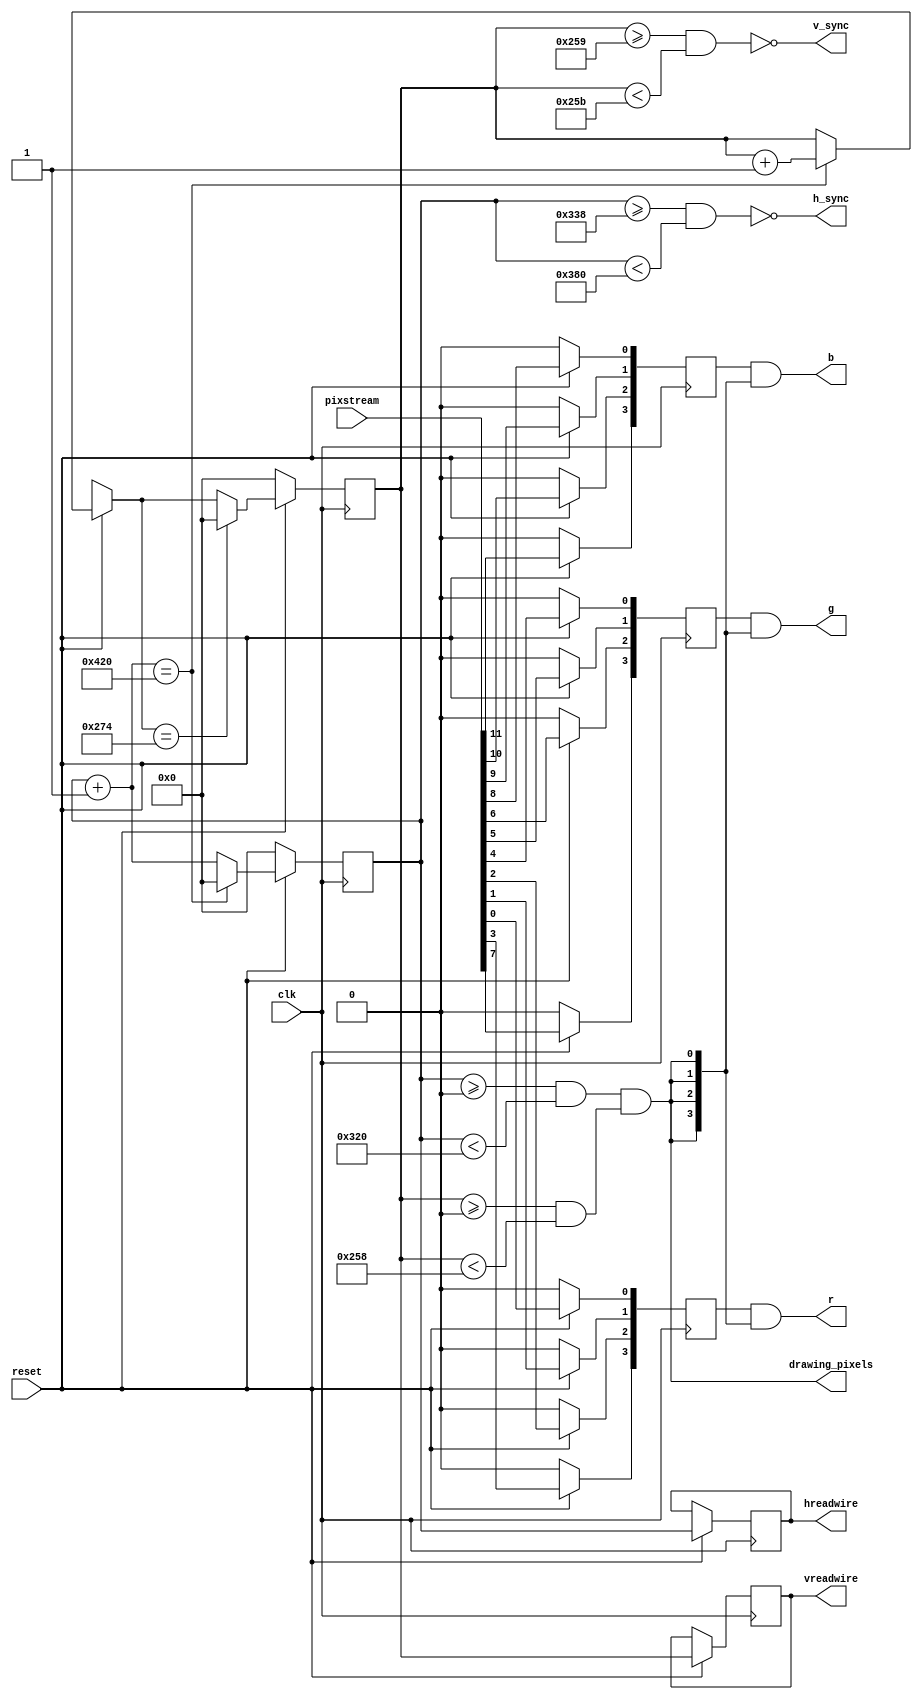
module VGAcore 
    # (
        parameter NATIVE_HRES = 800,
        parameter FRONT_PORCH_H = 24,
        parameter SYNC_PULSE_H = 72,
        parameter BACK_PORCH_H = 128,

        parameter NATIVE_VRES = 600,
        parameter FRONT_PORCH_V = 1,
        parameter SYNC_PULSE_V = 2,
        parameter BACK_PORCH_V = 22,
        parameter RES_PRESCALER = 1
    ) (
        input wire clk,
        input wire reset,
        output wire drawing_pixels,
        output wire h_sync,
        output wire v_sync,
        output reg[10:0] hreadwire,
        output reg[10:0] vreadwire,
        input [11:0] pixstream,
        output reg[3:0] r,
        output reg[3:0] g,
        output reg[3:0] b
);

    /* expected frequency is 40Hz. Need to find such a prescaler that
       1. divides 800, 840, 968, 1056
       2. expects a clock that can be generated from 12MHz 

       common divisors of 800, 840, 968 and 1056 are 1, 2, 4, 8
       this means that frequencies are constrained to 40, 20, 10, 5 MHz

       with prescaler = 
    */

    reg [10:0] hscan_pos;
    reg [10:0] vscan_pos;
    reg [3:0] proposed_r;
    reg [3:0] proposed_b;
    reg [3:0] proposed_g;

    wire h_drawing_pixels, v_drawing_pixels;
    assign drawing_pixels = h_drawing_pixels & v_drawing_pixels;

    assign h_drawing_pixels = (hscan_pos >= 0 && hscan_pos < (NATIVE_HRES / RES_PRESCALER));
    
    assign h_sync = !((hscan_pos >= ((NATIVE_HRES + FRONT_PORCH_H) / RES_PRESCALER)) && (hscan_pos < ((NATIVE_HRES + FRONT_PORCH_H + SYNC_PULSE_H) / RES_PRESCALER)));
    
    assign v_drawing_pixels = (vscan_pos >= 0 && vscan_pos < NATIVE_VRES);
    assign v_sync = !((vscan_pos >= (NATIVE_VRES + FRONT_PORCH_V)) && (vscan_pos < (NATIVE_VRES + FRONT_PORCH_V + SYNC_PULSE_V)));

    assign r = proposed_r & {(4){drawing_pixels}};
    assign b = proposed_b & {(4){drawing_pixels}};
    assign g = proposed_g & {(4){drawing_pixels}};

    always @(posedge clk) begin
        if (!reset) begin
            hscan_pos = 0;
            vscan_pos = 0;
            proposed_r = {4'b0};
            proposed_g = {4'b0};
            proposed_b = {4'b0};
        end else begin

            hreadwire <= hscan_pos;
            vreadwire <= vscan_pos;

            /* advance horizontal scanline */
            hscan_pos = hscan_pos + 1'b1;
            proposed_r[0] <= pixstream[0];
            proposed_r[1] <= pixstream[1];
            proposed_r[2] <= pixstream[2];
            proposed_r[3] <= pixstream[3];

            proposed_g[0] <= pixstream[4];
            proposed_g[1] <= pixstream[5];
            proposed_g[2] <= pixstream[6];
            proposed_g[3] <= pixstream[7];

            proposed_b[0] <= pixstream[8];
            proposed_b[1] <= pixstream[9];
            proposed_b[2] <= pixstream[10];
            proposed_b[3] <= pixstream[11];

            if (hscan_pos == (1056 / RES_PRESCALER)) begin
                hscan_pos = 0;
                vscan_pos = vscan_pos + 1'b1;
            end

            if (vscan_pos == 628) begin
                vscan_pos = 0;
            end
        end
    end

endmodule